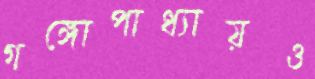
গঙ্গোপাধ্যায়ও